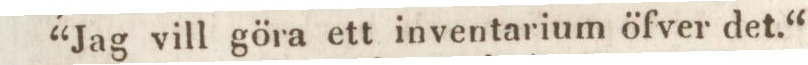
“Jag vill göra ett inventarium öfver det.“